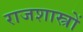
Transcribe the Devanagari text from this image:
राजशास्त्रों